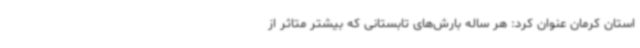
استان کرمان عنوان کرد: هر ساله بارش‌های تابستانی که بیشتر متاثر از